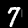
Digit: 7